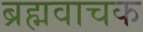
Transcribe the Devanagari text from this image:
ब्रह्मवाचक